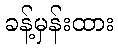
ခန့်မှန်းထား